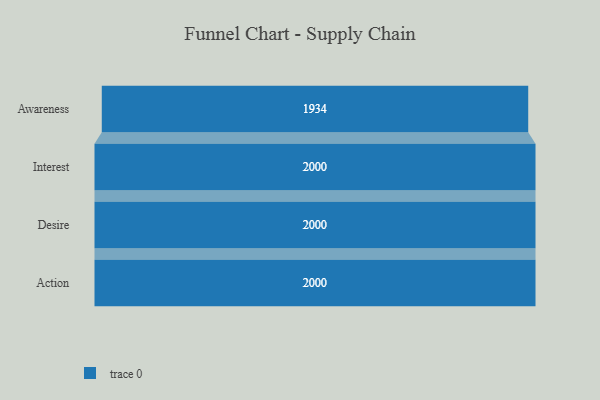
{"axis": {"x": "Stage", "y": "Value"}, "legend": [""], "data": [{"x": "Awareness", "y": 1934.0, "type": ""}, {"x": "Interest", "y": 2000, "type": ""}, {"x": "Desire", "y": 2000, "type": ""}, {"x": "Action", "y": 2000, "type": ""}]}